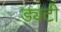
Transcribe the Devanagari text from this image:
ड्यटी